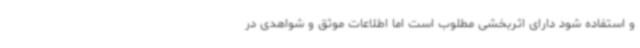
و استفاده شود دارای اثربخشی مطلوب است اما اطلاعات موثق و شواهدی در